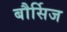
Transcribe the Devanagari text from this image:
बौर्सिज